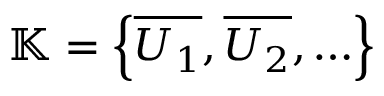
\mathbb { K } = \left\{ { \overline { { U _ { 1 } } } } , { \overline { { U _ { 2 } } } } , \ldots \right\}